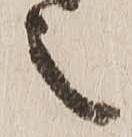
之